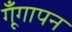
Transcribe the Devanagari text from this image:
गूँगापन